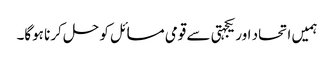
ہمیں اتحاد اور یکجہتی سے قومی مسائل کو حل کرنا ہوگا۔